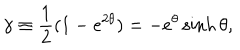
\gamma \equiv { \frac { 1 } { 2 } } ( 1 - e ^ { 2 \theta } ) = - e ^ { \theta } \sinh \theta ,